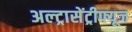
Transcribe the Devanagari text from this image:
अल्ट्रासेंट्रीफ्यूज